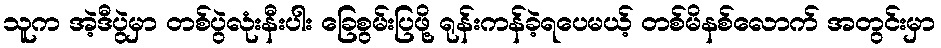
သူက အဲ့ဒီပွဲမှာ တစ်ပွဲလုံးနီးပါး ခြေစွမ်းပြဖို့ ရုန်းကန်ခဲ့ရပေမယ့် တစ်မိနစ်လောက် အတွင်းမှာ